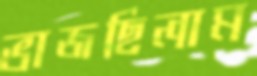
ভাজছিলাম